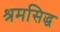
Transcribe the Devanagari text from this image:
श्रमसिद्ध